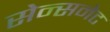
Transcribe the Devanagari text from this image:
सेन्सनेट